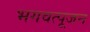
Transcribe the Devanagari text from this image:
भगवत्पूजन